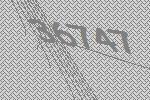
36747